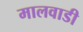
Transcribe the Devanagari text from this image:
मालवाडी